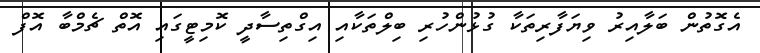
އެގޮތުން ބަލާއިރު ވިޔަފާރިތަކާ ގުޅުންހުރި ބިލްތަކާއި އިގްތިސާދީ ކޮމިޓީގައި އޮތް ޗެމްބާ އޮފް